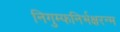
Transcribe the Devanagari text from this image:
निगुम्फनिर्भक्षरन्म